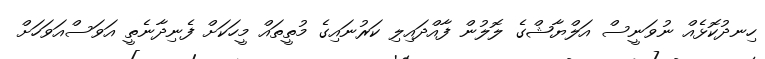
ހިނދުކޮޅެއް ނުވަނީސް އަލްޔާޝްގެ ލޮލުން ފާއްދައިލި ކަރުނައިގެ މުތީތައް މީހަކަށް ފެނިދާނެތީ އަވަސްއަވަހަށް